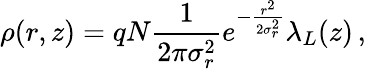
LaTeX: \rho(r,z)=qN\frac{1}{2\pi\sigma_{r}^{2}}e^{-\frac{r^{2}}{2\sigma_{r}^{2}}}\lambda_{L}(z)\, ,